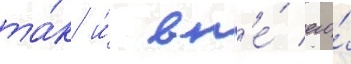
та́к и́ вн'е́ его́